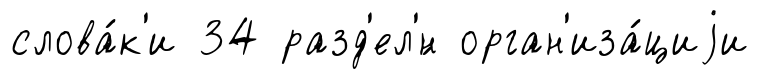
слова́к'и 34 разд'ел'́н орган'иза́циjи